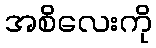
အစိလေးကို